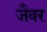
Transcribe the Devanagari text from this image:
जैवर